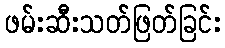
ဖမ်းဆီးသတ်ဖြတ်ခြင်း